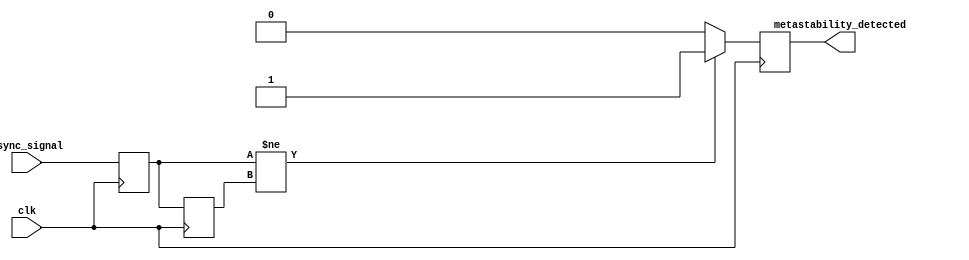
module metastability_detector (
    input wire clk,            // System clock
    input wire async_signal,   // Asynchronous input signal to monitor
    output reg metastability_detected // Output indicating metastability detection
);

    // Internal signals
    reg async_signal_d1;      // Delayed version of the asynchronous signal
    reg async_signal_d2;      // Second delayed version of the asynchronous signal
    reg pulse;                // Pulse signal for transition detection

    // Pulse generator logic
    always @(posedge clk) begin
        // Detect transition on the async_signal
        if (async_signal != async_signal_d1) begin
            pulse <= 1'b1;  // Generate a pulse if a transition is detected
        end else begin
            pulse <= 1'b0;  // Reset pulse if no transition
        end
    end

    // Sampling flip-flops
    always @(posedge clk) begin
        async_signal_d1 <= async_signal; // Sample input signal
        async_signal_d2 <= async_signal_d1; // Sample the output of the first flip-flop
    end

    // Metastability detection logic
    always @(posedge clk) begin
        // Check for metastability conditions
        if (async_signal_d1 != async_signal_d2) begin
            metastability_detected <= 1'b1; // Metastability detected
        end else begin
            metastability_detected <= 1'b0; // Clear detection signal
        end
    end

endmodule